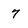
Character: 7